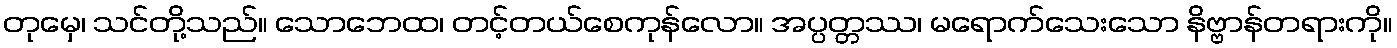
တုမှေ၊ သင်တို့သည်။ သောဘေထ၊ တင့်တယ်စေကုန်လော။ အပ္ပတ္တဿ၊ မရောက်သေးသော နိဗ္ဗာန်တရားကို။